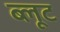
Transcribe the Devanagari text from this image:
ब्लूट